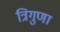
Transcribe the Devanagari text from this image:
त्रिगुणा